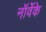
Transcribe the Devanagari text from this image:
नॉर्वेके